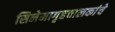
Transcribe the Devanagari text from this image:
सिनेमागृहचालकांचे